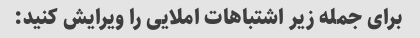
برای جمله زیر اشتباهات املایی را ویرایش کنید: